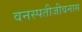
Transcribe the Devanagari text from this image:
वनस्पतीजीवनास